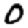
Digit: 0